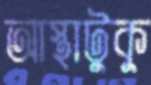
আস্থাটুকু